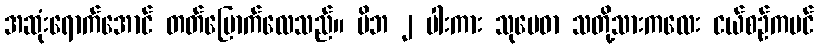
အဆုံးရောက်အောင် တတ်မြောက်လေသည်။ မိဘ ၂ ပါးကား သုမေဓာ သတို့သားကလေး ငယ်စဉ်ကပင်